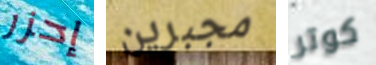
إحزر مجبرين كوتر